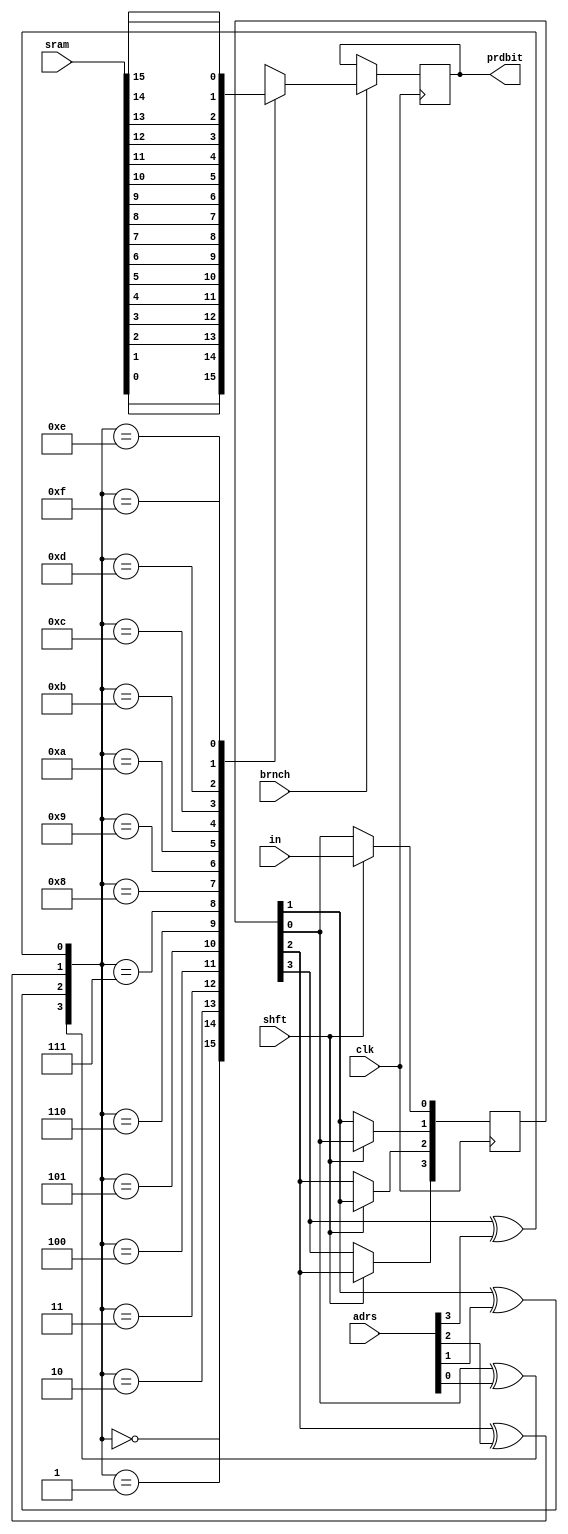
module gshare(prdbit,brnch,adrs,sram,shft,in,clk);

output prdbit;
input [3:0]adrs;
input brnch,shft,in,clk;
input [15:0]sram;
reg prdbit;

reg [3:0]shfreg;
reg x1,x2,x3,x4;
wire [15:0]decout;

always @(posedge clk)
begin
if (shft)
begin  
shfreg[0]<=in;
shfreg[1]<=shfreg[0];
shfreg[2]<=shfreg[1];
shfreg[3]<=shfreg[2];
end
else 
shfreg <= shfreg;

x1= shfreg[3]^adrs[3];
x2= shfreg[2]^adrs[2];
x3= shfreg[1]^adrs[1];
x4= shfreg[0]^adrs[0];

if(brnch)
case({x4,x3,x2,x1})
4'b0000: prdbit<= sram[0];
4'b0001: prdbit<= sram[1];
4'b0010: prdbit<= sram[2];
4'b0011: prdbit<= sram[3];
4'b0100: prdbit<= sram[4];
4'b0101: prdbit<= sram[5];
4'b0110: prdbit<= sram[6];
4'b0111: prdbit<= sram[7];
4'b1000: prdbit<= sram[8];
4'b1001: prdbit<= sram[9];
4'b1010: prdbit<= sram[10];
4'b1011: prdbit<= sram[11];
4'b1100: prdbit<= sram[12];
4'b1101: prdbit<= sram[13];
4'b1110: prdbit<= sram[14];
4'b1111: prdbit<= sram[15];
default: prdbit<= 1'bz;
endcase
end
endmodule